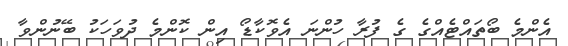
އެންމެ ބޯތައްޓެއްގެ ގެ ފުރާ ހުންނަ އެވޮކާޑޯ އިން ކޮންމެ ދުވަހަކު ބޭނުންވާ